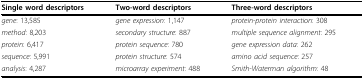
<table><thead><tr><td><b>Single word descriptors</b></td><td><b>Two-word descriptors</b></td><td><b>Three-word descriptors</b></td></tr></thead><tbody><tr><td><i>gene</i>: 13,585</td><td><i>gene expression</i>: 1,147</td><td><i>protein-protein interaction</i>: 308</td></tr><tr><td><i>method</i>: 8,203</td><td><i>secondary structure</i>: 887</td><td><i>multiple sequence alignment</i>: 295</td></tr><tr><td><i>protein</i>: 6,417</td><td><i>protein sequence</i>: 780</td><td><i>gene expression data</i>: 262</td></tr><tr><td><i>sequence</i>: 5,991</td><td><i>protein structure</i>: 574</td><td><i>amino acid sequence</i>: 257</td></tr><tr><td><i>analysis</i>: 4,287</td><td><i>microarray experiment</i>: 488</td><td><i>Smith-Waterman algorithm</i>: 48</td></tr></tbody></table>